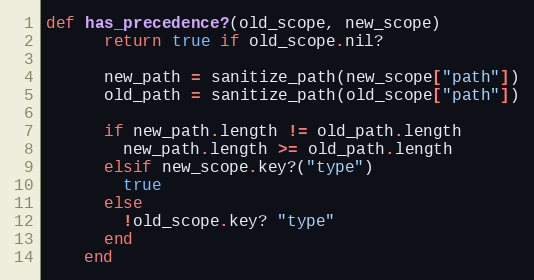
Language: Ruby
def has_precedence?(old_scope, new_scope)
      return true if old_scope.nil?

      new_path = sanitize_path(new_scope["path"])
      old_path = sanitize_path(old_scope["path"])

      if new_path.length != old_path.length
        new_path.length >= old_path.length
      elsif new_scope.key?("type")
        true
      else
        !old_scope.key? "type"
      end
    end